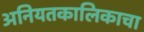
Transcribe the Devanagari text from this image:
अनियतकालिकाचा